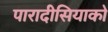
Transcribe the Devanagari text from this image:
पारादीसियाको